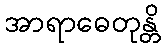
အာရာဓေတုန္တိ